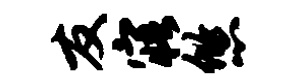
友寤悠